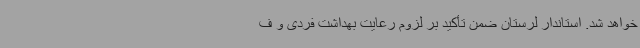
خواهد شد. استاندار لرستان ضمن تأکید بر لزوم رعایت بهداشت فردی و ف